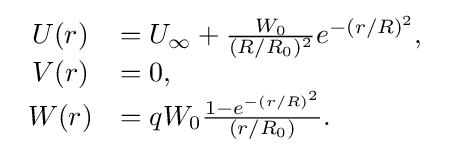
{\begin{array}{cl}U(r)&=U_{\infty }+{\frac {W_{0}}{(R/R_{0})^{2}}}e^{-(r/R)^{2}},\\V(r)&=0,\\W(r)&=qW_{0}{\frac {1-e^{-(r/R)^{2}}}{(r/R_{0})}}.\end{array}}